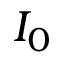
I _ { 0 }